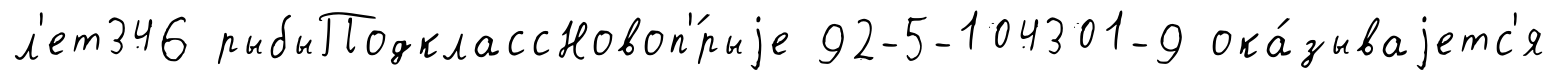
л'ет346 рыбыПодклассНовоп'́рыjе 92-5-104301-9 ока́зываjетс'я